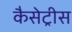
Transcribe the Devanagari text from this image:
कैसेट्रीस